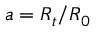
a = R _ { t } / R _ { 0 }